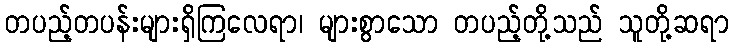
တပည့်တပန်းများရှိကြလေရာ၊ များစွာသော တပည့်တို့သည် သူတို့ဆရာ